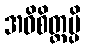
အဓိစိတ္တမ္ပိ